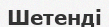
Шетенді